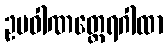
ဥပဝါဏတ္ထေရဂါထာ